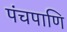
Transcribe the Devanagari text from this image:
पंचपाणि